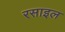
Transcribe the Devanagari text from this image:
रसाइल